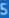
S